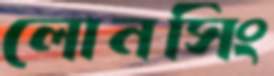
লোনসিং